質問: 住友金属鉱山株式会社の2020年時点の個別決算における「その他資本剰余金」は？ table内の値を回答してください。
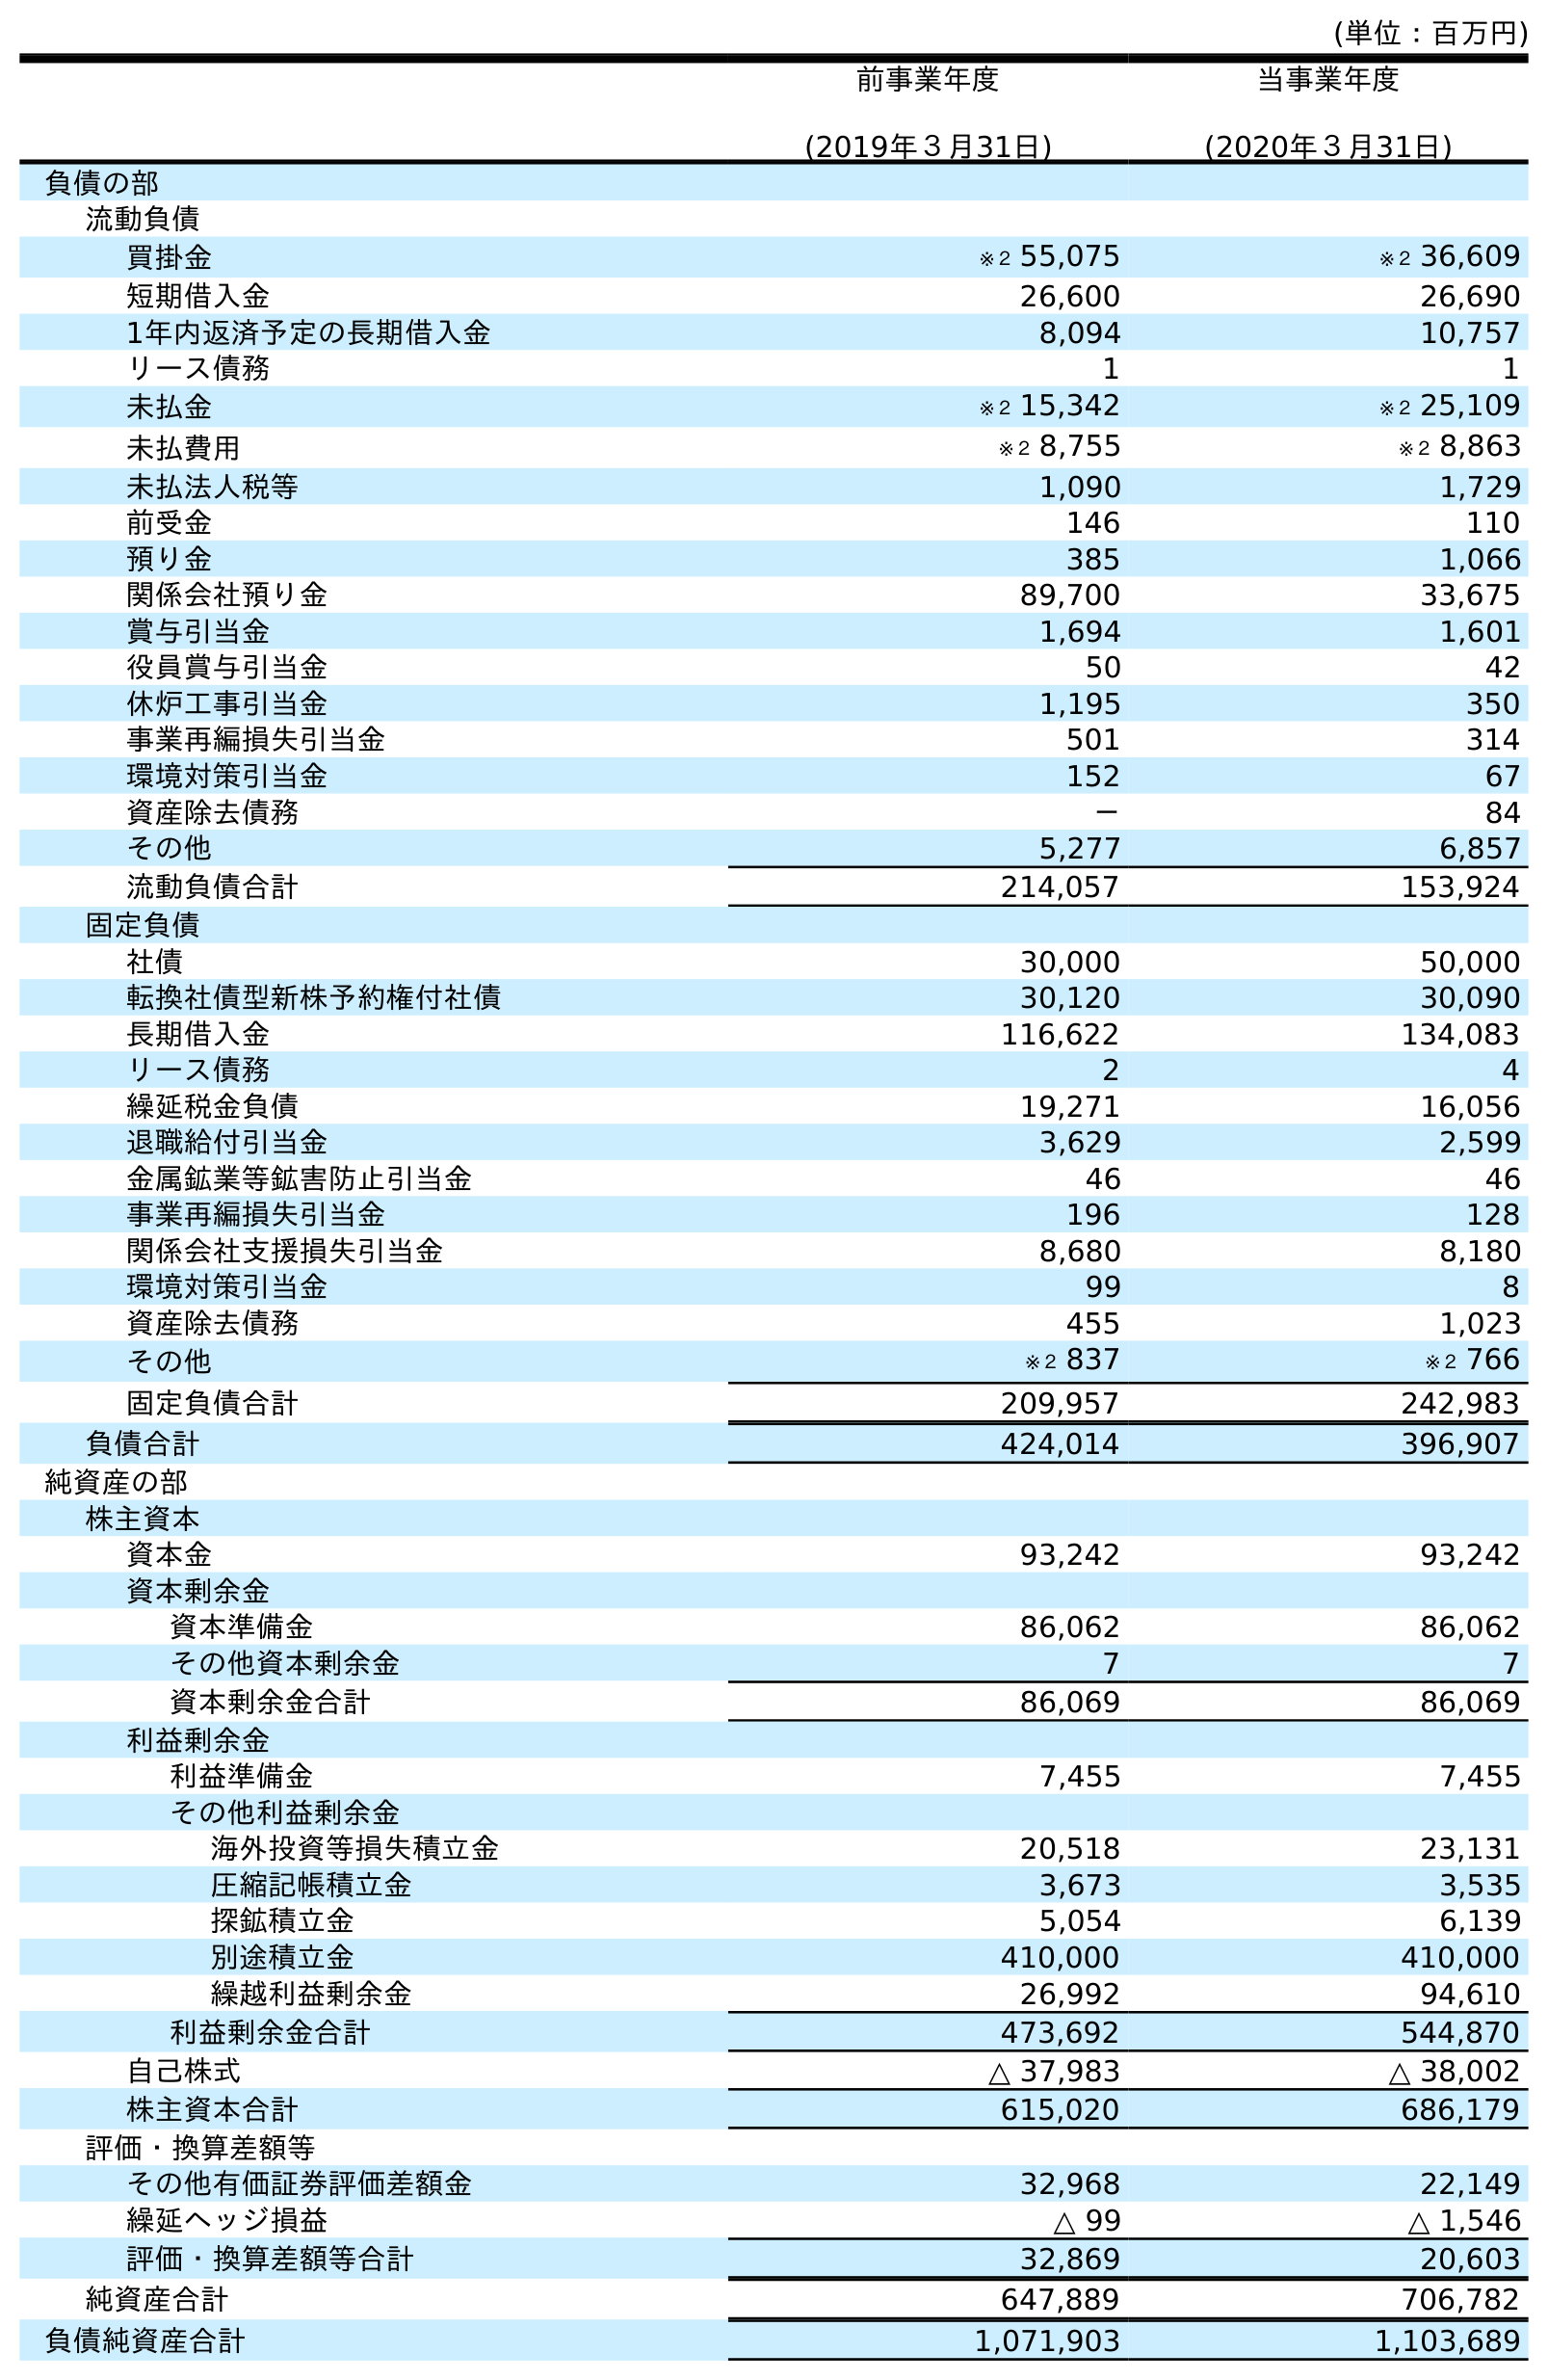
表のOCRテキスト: (単位：百万円) 前事業年度 (2019年３月31日) 当事業年度 (2020年３月31日) 負債の部 流動負債 買掛金 ※２ 55,075 ※２ 36,609 短期借入金 26,600 26,690 1年内返済予定の長期借入金 8,094 10,757 リース債務 1 1 未払金 ※２ 15,342 ※２ 25,109 未払費用 ※２ 8,755 ※２ 8,863 未払法人税等 1,090 1,729 前受金 146 110 預り金 385 1,066 関係会社預り金 89,700 33,675 賞与引当金 1,694 1,601 役員賞与引当金 50 42 休炉工事引当金 1,195 350 事業再編損失引当金 501 314 環境対策引当金 152 67 資産除去債務 － 84 その他 5,277 6,857 流動負債合計 214,057 153,924 固定負債 社債 30,000 50,000 転換社債型新株予約権付社債 30,120 30,090 長期借入金 116,622 134,083 リース債務 2 4 繰延税金負債 19,271 16,056 退職給付引当金 3,629 2,599 金属鉱業等鉱害防止引当金 46 46 事業再編損失引当金 196 128 関係会社支援損失引当金 8,680 8,180 環境対策引当金 99 8 資産除去債務 455 1,023 その他 ※２ 837 ※２ 766 固定負債合計 209,957 242,983 負債合計 424,014 396,907 純資産の部 株主資本 資本金 93,242 93,242 資本剰余金 資本準備金 86,062 86,062 その他資本剰余金 7 7 資本剰余金合計 86,069 86,069 利益剰余金 利益準備金 7,455 7,455 その他利益剰余金 海外投資等損失積立金 20,518 23,131 圧縮記帳積立金 3,673 3,535 探鉱積立金 5,054 6,139 別途積立金 410,000 410,000 繰越利益剰余金 26,992 94,610 利益剰余金合計 473,692 544,870 自己株式 △ 37,983 △ 38,002 株主資本合計 615,020 686,179 評価・換算差額等 その他有価証券評価差額金 32,968 22,149 繰延ヘッジ損益 △ 99 △ 1,546 評価・換算差額等合計 32,869 20,603 純資産合計 647,889 706,782 負債純資産合計 1,071,903 1,103,689
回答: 7